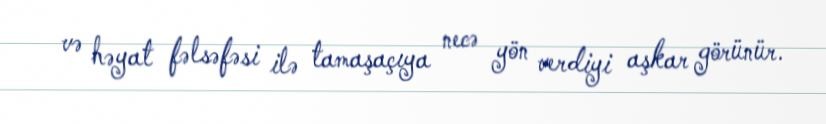
və həyat fəlsəfəsi ilə tamaşaçıya necə yön verdiyi aşkar görünür.